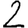
Digit: 2